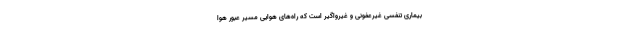
بیماری تنفسی غیرعفونی و غیرواگیر است که راه‌های هوایی مسیر عبور هوا